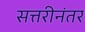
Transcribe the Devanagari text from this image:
सत्तरीनंतर